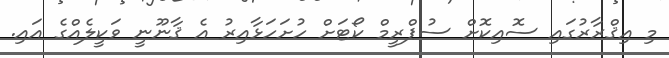
މި އިޤްރާރުގައި ސޮއިކޮށް ސުޕްރީމް ކޯޓަށް ހުށަހަޅާއިރު އެ ޤާނޫނީ ވަކީލެއްގެ އައި.